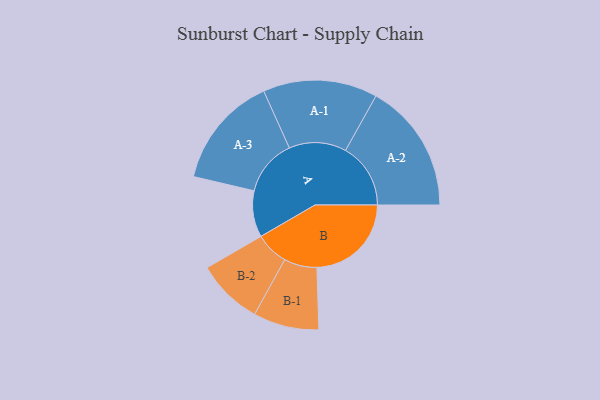
{"axis": {"x": "Segment", "y": "Value"}, "legend": ["", "A", "B"], "data": [{"x": "A", "y": 158, "type": ""}, {"x": "B", "y": 322, "type": ""}, {"x": "A-1", "y": 195, "type": "A"}, {"x": "A-2", "y": 222, "type": "A"}, {"x": "A-3", "y": 192, "type": "A"}, {"x": "B-1", "y": 112, "type": "B"}, {"x": "B-2", "y": 113, "type": "B"}]}